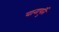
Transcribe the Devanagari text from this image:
वानापुर्ति